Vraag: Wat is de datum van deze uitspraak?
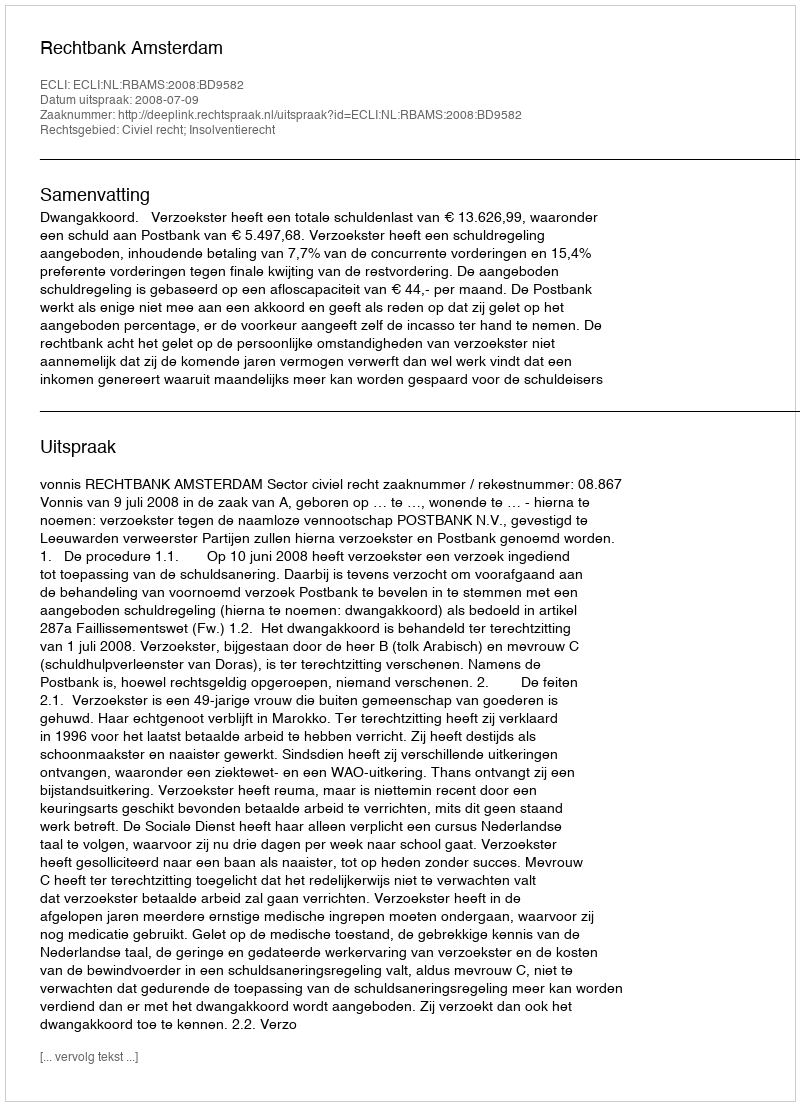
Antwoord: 2008-07-09